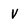
Character: V